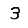
Digit: 3